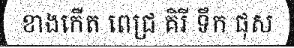
ខាងកើត ពេជ្រ គិរី ទឹក ផុស